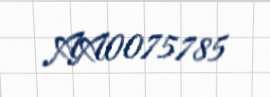
AA0075785